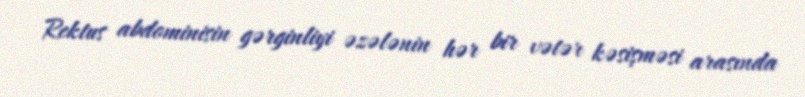
Rektus abdominisin gərginliyi əzələnin hər bir vətər kəsişməsi arasında